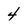
Character: 4